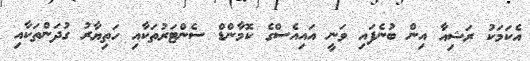
އެކަމަކު ރަޝިއާ އިން ބުނެފައި ވަނީ އައިއެސްގެ ކޮމާންޑް ސެންޓަރުތަކާއި ހަތިޔާރު ގުދަންތަކާއި